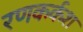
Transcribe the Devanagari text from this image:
रणकर्कश